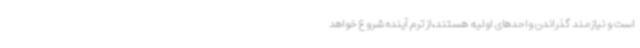
است و نیازمند گذراندن واحدهای اولیه هستند،از ترم آینده شروع خواهد